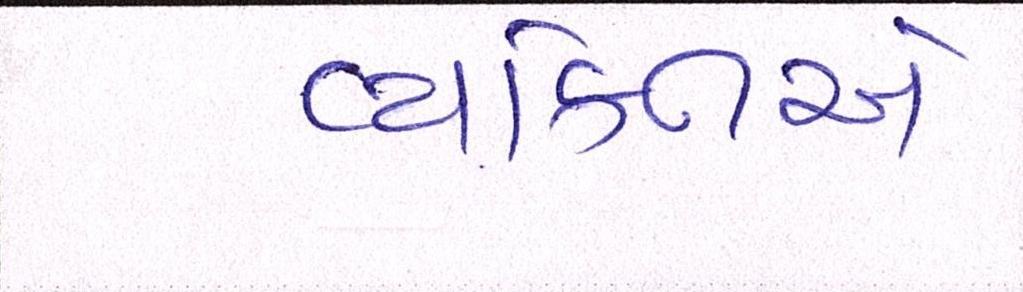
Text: વ્યકિતએ